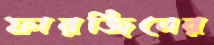
ফারজিনের